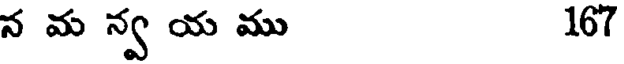
న మ న్వ య ము 167